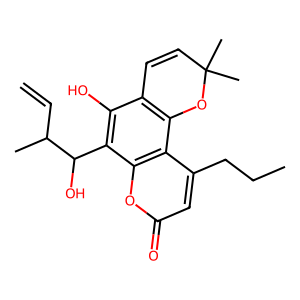
SMILES: C=CC(C)C(O)c1c(O)c2c(c3c(CCC)cc(=O)oc13)OC(C)(C)C=C2
Inhibits HIV replication: No